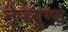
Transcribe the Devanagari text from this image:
नेप्च्युन्स